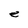
Character: e